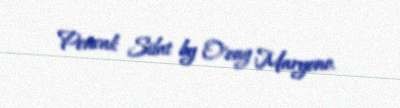
Pencak Silat by O'ong Maryono.